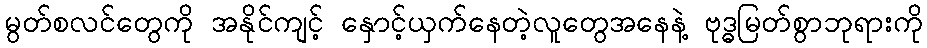
မွတ်စလင်တွေကို အနိုင်ကျင့် နှောင့်ယှက်နေတဲ့လူတွေအနေနဲ့ ဗုဒ္ဓမြတ်စွာဘုရားကို